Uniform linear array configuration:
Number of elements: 8
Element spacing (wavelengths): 1
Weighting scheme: blackman
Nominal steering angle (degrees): -60
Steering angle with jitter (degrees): -58.03
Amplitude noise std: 0.05
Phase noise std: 0.05

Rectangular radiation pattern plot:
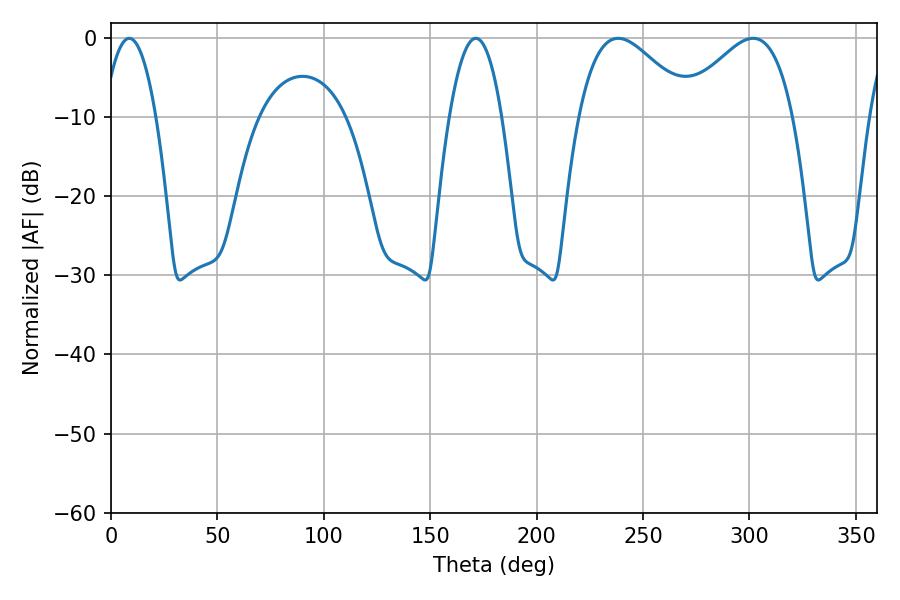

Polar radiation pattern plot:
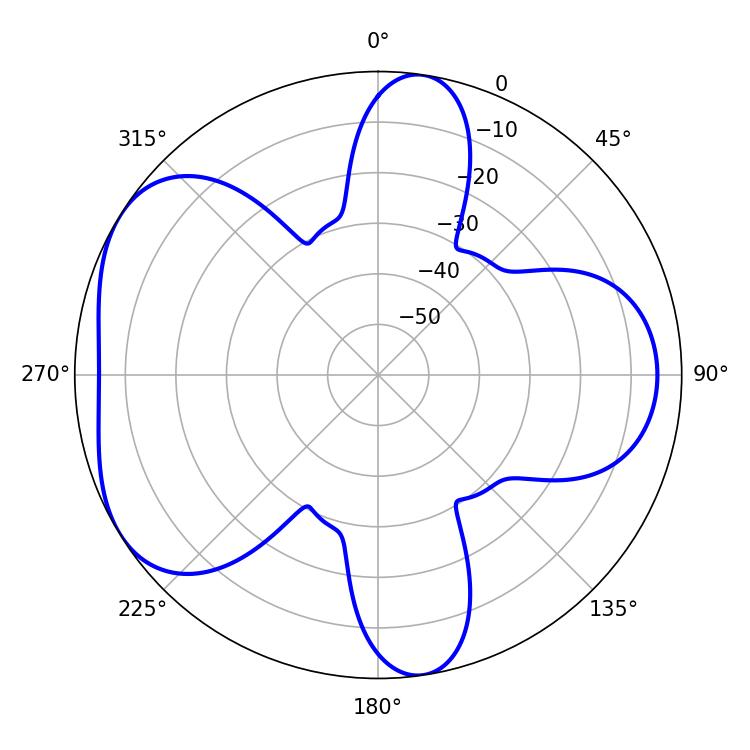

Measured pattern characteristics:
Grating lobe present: TRUE
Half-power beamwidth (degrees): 28.62
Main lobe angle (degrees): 238.32